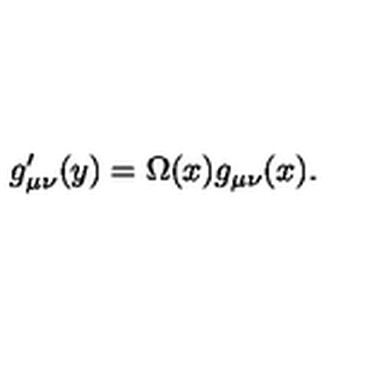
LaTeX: g _ { \mu \nu } ^ { \prime } ( y ) = \Omega ( x ) g _ { \mu \nu } ( x ) .